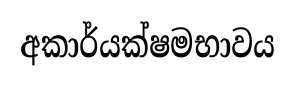
අකාර්යක්ෂමභාවය